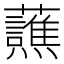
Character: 𬟤